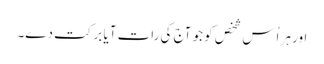
اور ہر اُس شخص کو جو آج کی رات آیا برکت دے۔